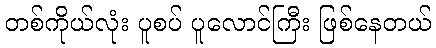
တစ်ကိုယ်လုံး ပူစပ် ပူလောင်ကြီး ဖြစ်နေတယ်